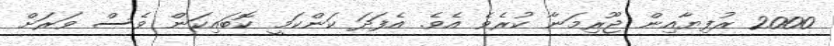
2000 ރުފިޔާއިން ޖޫރިމަނާ ކުރެވެ އެވެ. އެފަދަ ކަންކަމީ ކޮބައިކަން ވެސް ވަރަށް